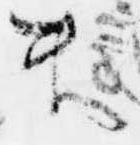
ま